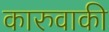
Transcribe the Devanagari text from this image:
कारुवाकी